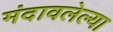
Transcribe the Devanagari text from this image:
मंदावलेल्या